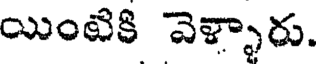
యింటికి వెళ్ళారు.